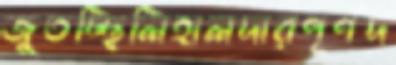
জুতচ্ছিলিহালদারপূর্ণদ